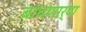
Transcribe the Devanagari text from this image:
बांधणार्‍या